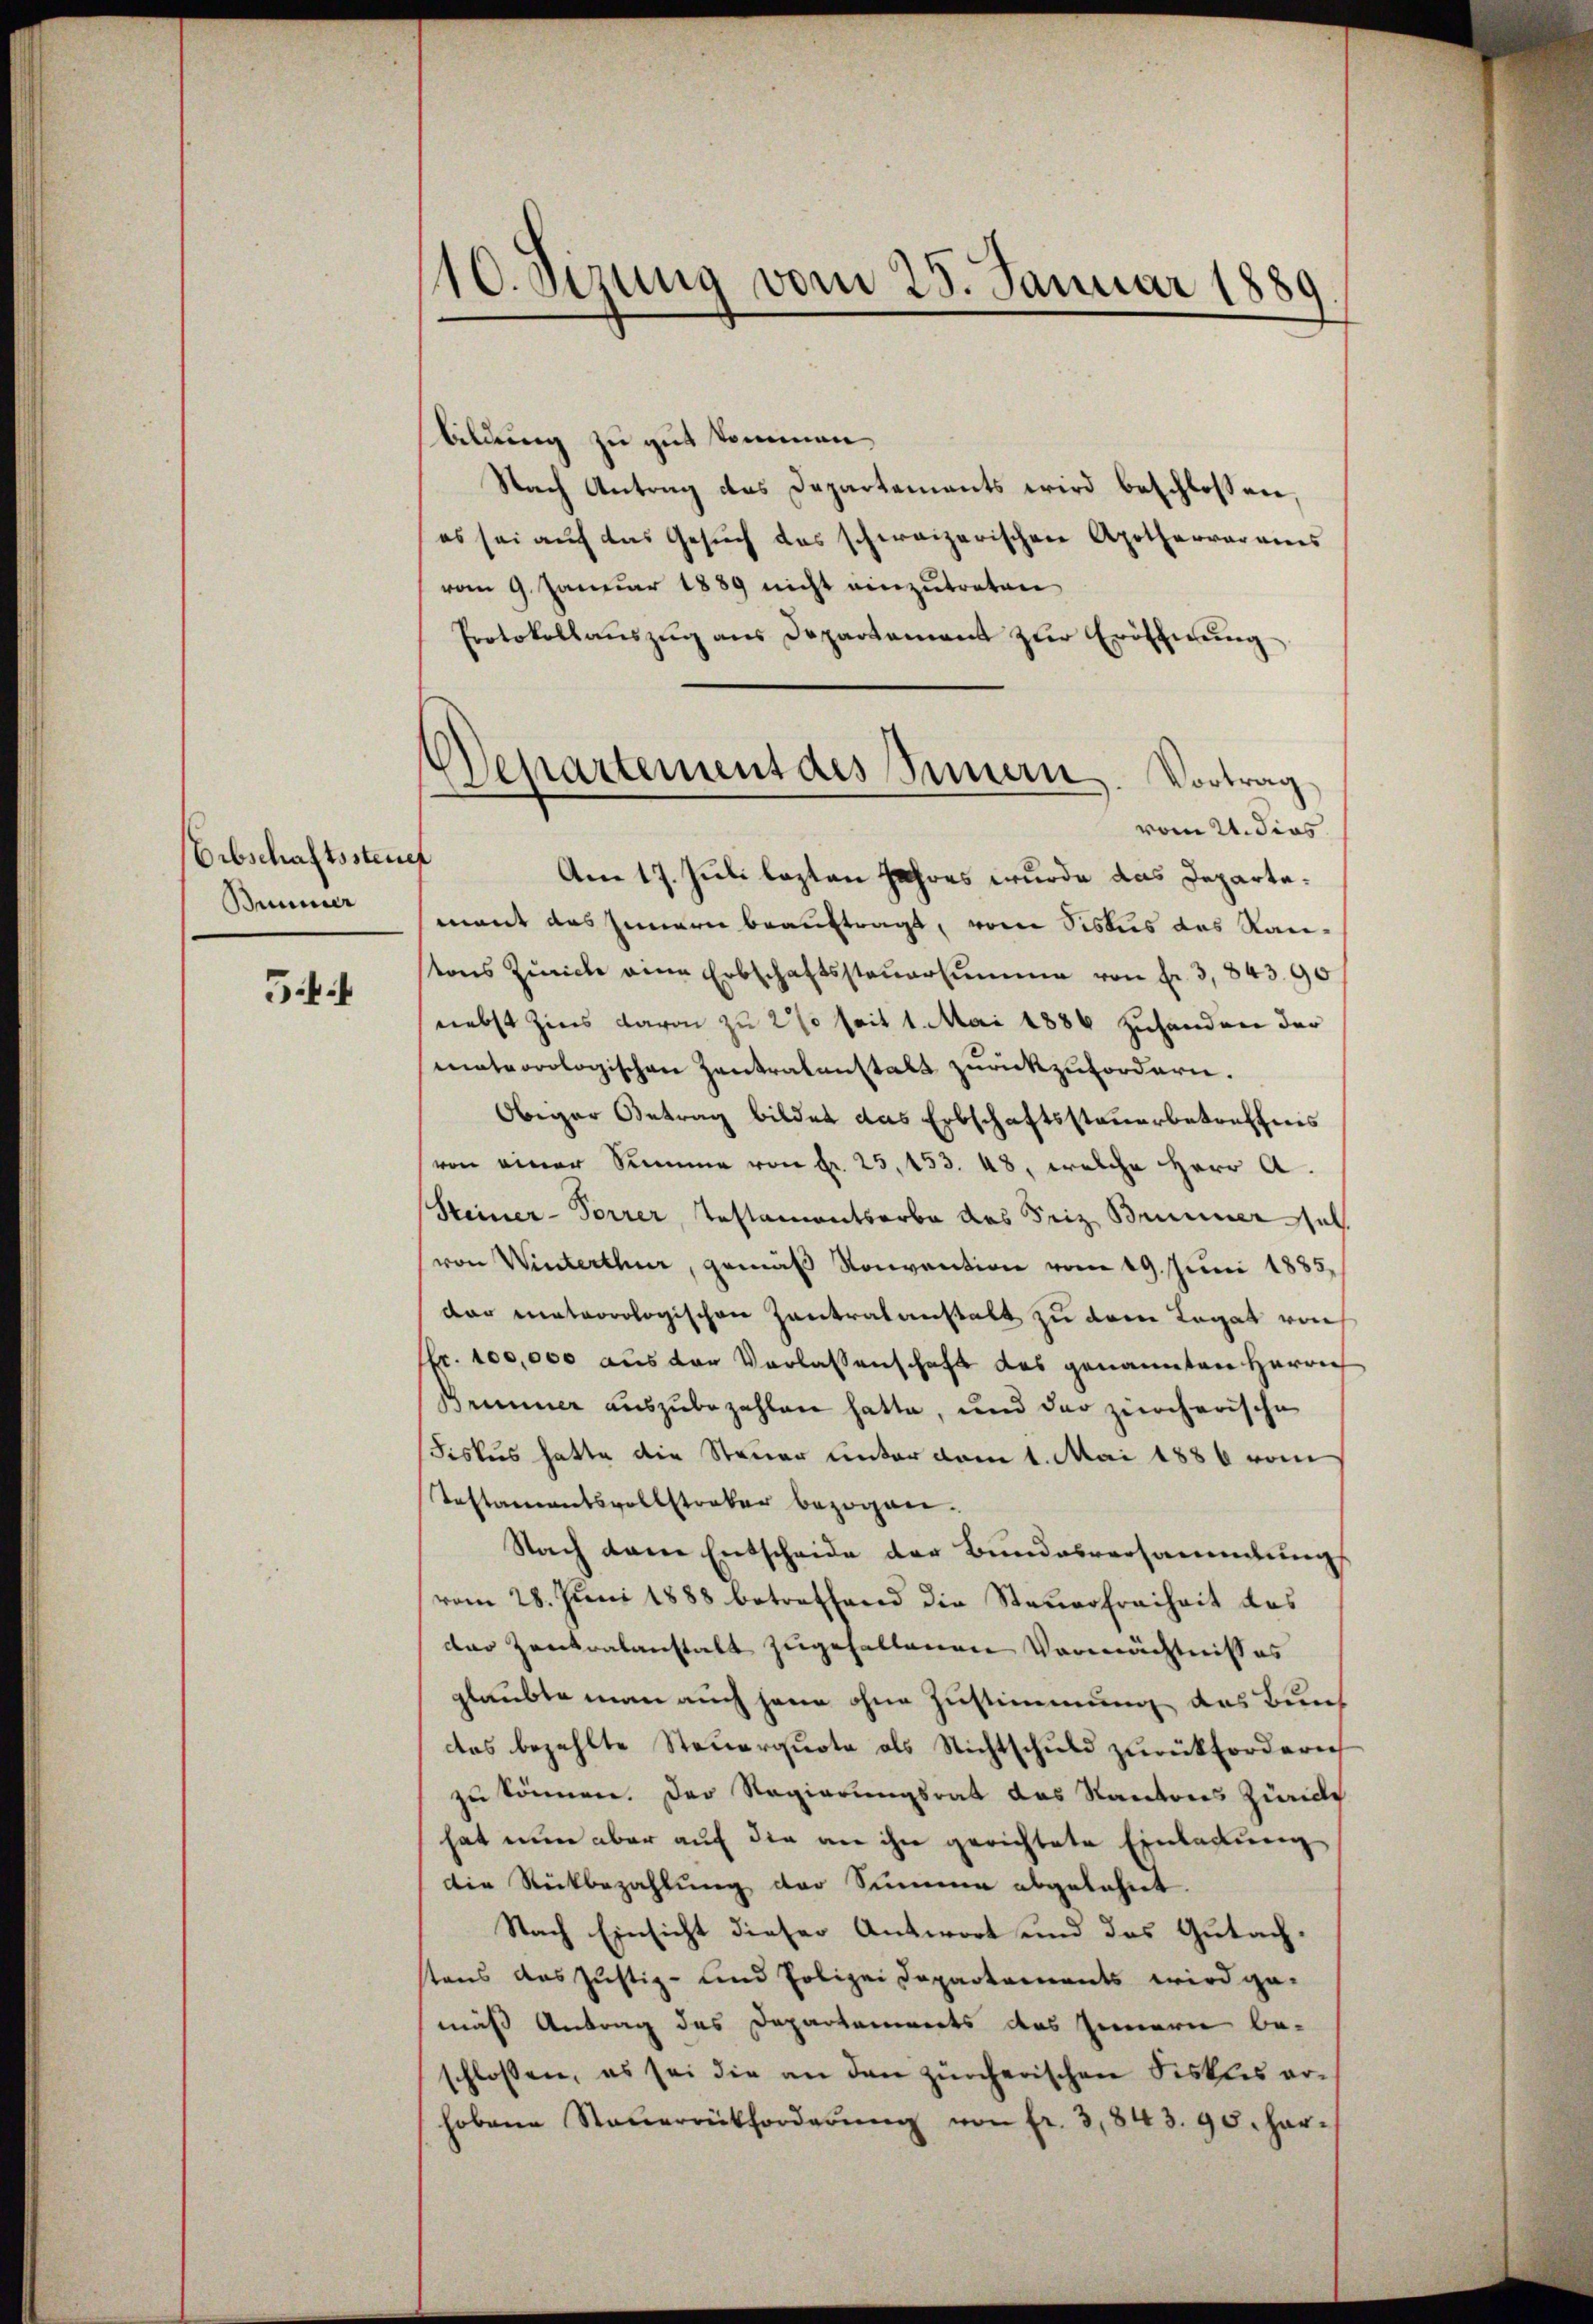
Erbschaftssteue
Bummer

5

10. Setzung vom 25. Januar 1889

Departement des Innern. Vortrag
vom 21. dies

Bildung zu gut kommen,
Nach Antrag des Departements wird beschlossen,
es sei auf das Gesuch das schweizerischen Apotherrarames
vom 9. Januar 1889 nicht einzutreten
Protokollaŭszŭg ans Departement zŭr Eröffnŭng
t
Am 17. Juli lezten Jahres wurde das Departemant das Innern beauftragt, vom Sistus das Rautons Zürich eine Erbschaftssteŭersumme von Fr. 3,843.90
nebst Zins davon zu 2 % seit 1. Mai 1886 zuhanden der
mateorologischen Zentralanstalt zurückzufordern.
Obeiger Betrag bildet das Erbschaftssteuerbetreffnis
von einer Summe von fr. 25, 153. 48, welche Herr A.
(Steiner-Torrer, Testamentsarbe des Seiz Brunner sub
(von Winterthur, gemäß Konvention vom 19. Juni 1885.
der meteorologischen Zentralanstalt zu dem Legat von
fr. 100,000 aus der Verlassenschaft des genannten Herrn
Seiner auszubezahlen hatte, und der zürcherische
Fiskus hatte die Steuer unter dem 1. Mai 1886 vom
Testamentsvollstraker bezogene.
Nach dene Entscheide der Bundesversammlung
vom 28. Juni 1888 betreffend die Steuerfreiheit des
der Zentralanstalt zugehaltenen Vermächtniß es
glaubte man auch jene ohne Zustimmung des Bund
das bezahlte Steuerquote als Nichtschuld zurückfordern
zu können. Der Regierungsrat das Kantons Züric
hat nun aber auf die an ihn gerichtete Einladung
Die Rückbezahlung der Summe abgelehnt.
Nach Einsicht dieser Antwort und des Gutachstens das Justiz- und Polizei Departements wird ge-
mäß Antrag des Departamierts des Innern be-
schlossen, es sei die an den zürcherischen Fiskles erhobene Steŭerrückforderŭng von fr. 3,843. 90. har-